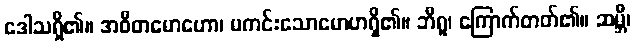
ဒေါသရှိ၏။ အဝီတမောဟော၊ မကင်းသောမောဟရှိ၏။ ဘီရူ၊ ကြောက်တတ်၏။ ဆမ္ဘီ၊